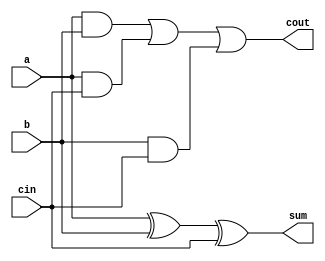
module FA(a, b, cin, cout, sum);
	input a, b, cin;
	output cout, sum;

	wire tmp1, tmp2, tmp3;

	and ( tmp1, a, b );
	and ( tmp2, a, cin );
	and ( tmp3, b, cin );

	xor ( sum, a, b, cin );
	or ( cout, tmp1, tmp2, tmp3 );

endmodule